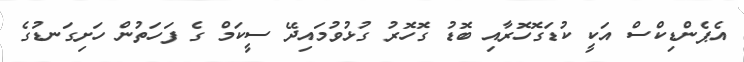
އެޕެންޑިކްސް އަކީ ކުޑަގޮހޮރާއި ބޮޑު ގޮހޮރު ގުޅުވުމައިދޭ ސީކަމް ގެ ފަހަތުން ހަށިގަނޑުގެ